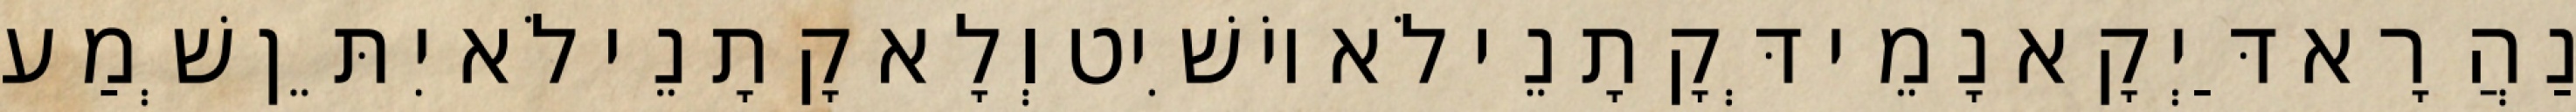
נַהֲרָא דַּיְקָא נָמֵי דְּקָתָנֵי לֹא יוֹשִׁיט וְלָא קָתָנֵי לֹא יִתֵּן שְׁמַע